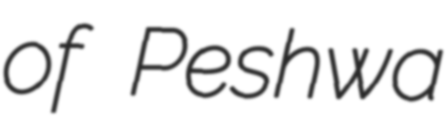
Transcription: of Peshwa